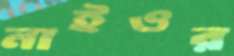
নাইওর